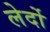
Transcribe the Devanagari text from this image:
लेर्दो